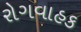
રોગવાહક